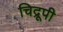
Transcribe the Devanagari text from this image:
चिद्रूपी